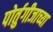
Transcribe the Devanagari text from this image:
पोर्तुगीजाच्या